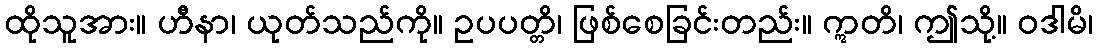
ထိုသူအား။ ဟီနာ၊ ယုတ်သည်ကို။ ဥပပတ္တိ၊ ဖြစ်စေခြင်းတည်း။ ဣတိ၊ ဤသို့။ ဝဒါမိ၊